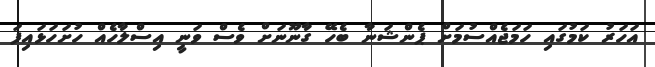
އަހަރު ކަމުގައި ހަމަޖެއްސުމަށް ޕެންޝަނާ ބެހޭ ގާނޫނަށް ވެސް ވަނީ އިސްލާހެއް ހުށަހަޅައިފަ